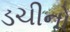
ડચીનો